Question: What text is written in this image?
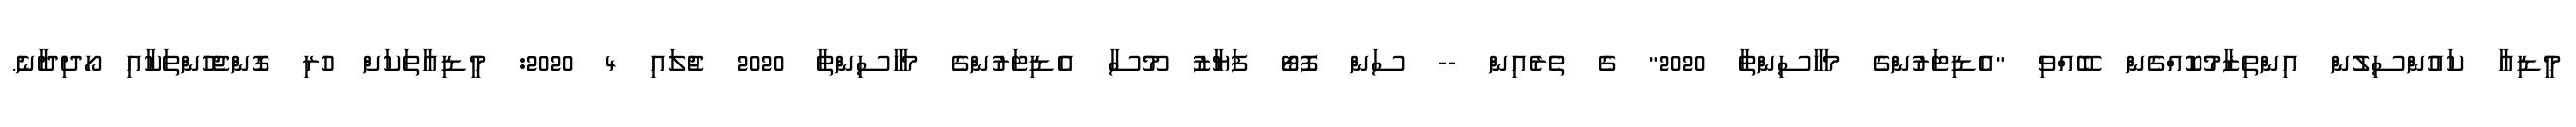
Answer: މީޑިއާ ކައުންސިލުން އިންތިޒާމުކޮއްގެން ބޭއްވި "އެޑިޓަރުންގެ މަހާސިންތާ 2020" ގެ ތެރެއިން -- ސަން ފޮޓޯ ފަޔާޒު މޫސާ އެޑިޓަރުންގެ މަހާސިންތާ 2020 ޖުލައި 4 2020: މީޑިއާތަކަށް ހުރި ގޮންޖެހުންތަކާއި ހޯދިދާނެ.